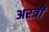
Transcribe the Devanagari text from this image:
अरत्री